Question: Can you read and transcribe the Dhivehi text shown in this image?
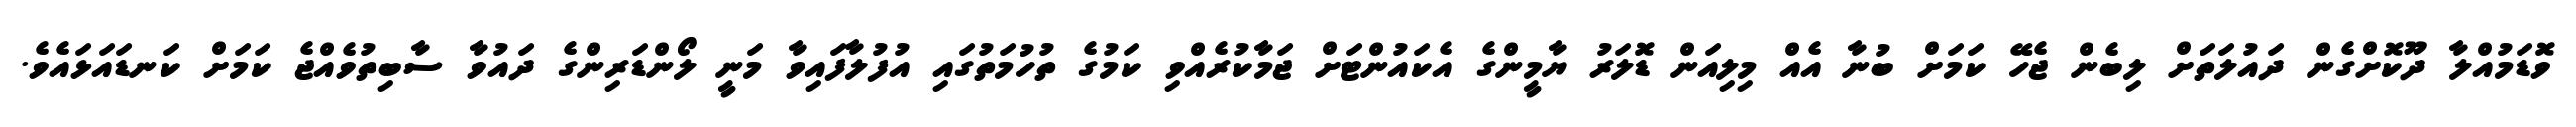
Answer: ވޮޑަމުއްލާ ދޫކޮށްގެން ދައުލަތަށް ލިބެން ޖެހޭ ކަމަށް ބުނާ އެއް މިލިއަން ޑޮލަރު ޔާމީންގެ އެކައުންޓަށް ޖަމާކުރެއްވި ކަމުގެ ތުހުމަތުގައި އުފުލާފައިވާ މަނީ ލޯންޑަރިންގެ ދައުވާ ސާބިތުވެއްޖެ ކަމަށް ކަނޑައަޅައެވެ.